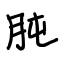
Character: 肫